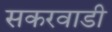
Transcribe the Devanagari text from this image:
सकरवाडी